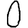
Digit: 0